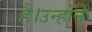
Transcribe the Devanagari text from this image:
है।उन्होंने